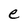
Character: e